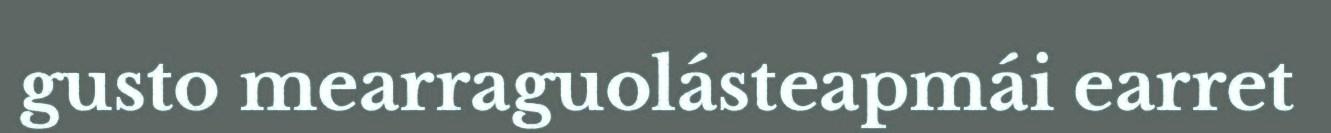
gusto mearraguolásteapmái earret